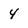
Character: 4